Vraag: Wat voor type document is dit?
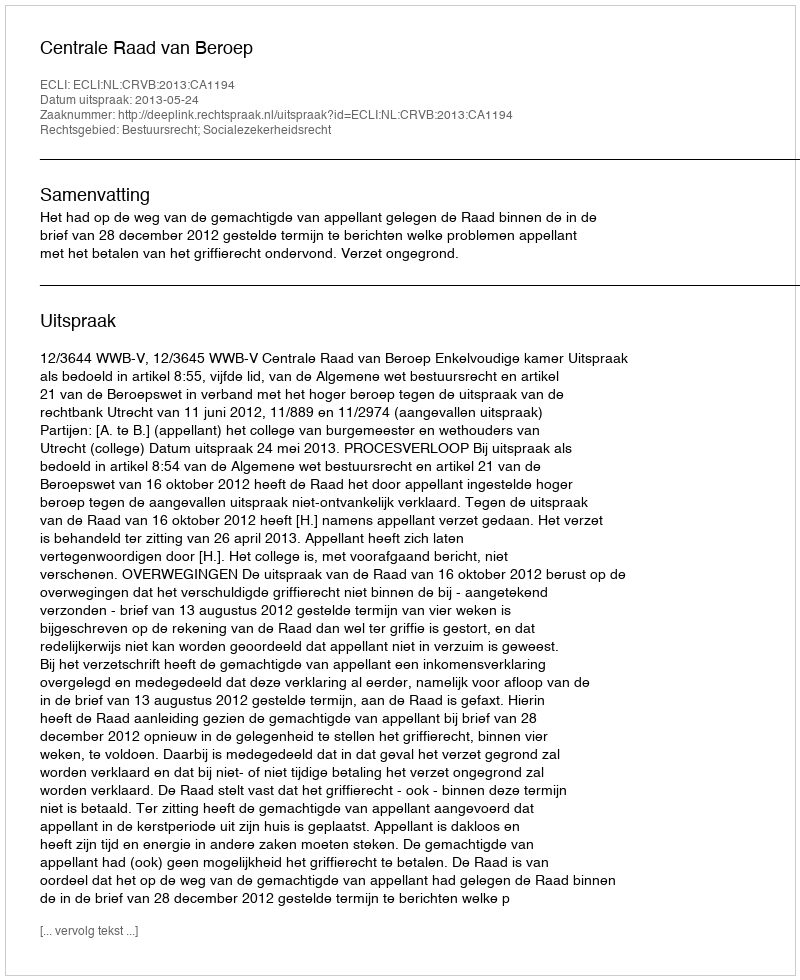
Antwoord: Uitspraak